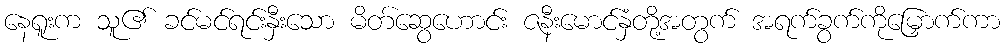
နေရူးက သူ၏ ခင်မင်ရင်းနှီးသော မိတ်ဆွေဟောင်း ဇနီးမောင်နှံတို့အတွက် အရက်ခွက်ကိုမြှောက်ကာ